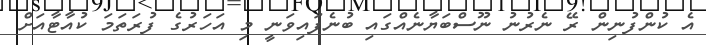
އެ ކުންފުނިން ރޭ ނެރުނު ނޫސްބަޔާނެއްގައި ބުނެފައިވަނީ މި އަހަރުގެ ފުރަތަމަ ކުއާޓާއަށް